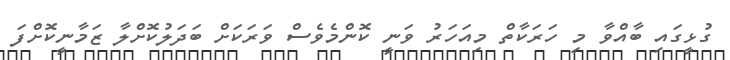
ގުޅީގައި ބާއްވާ މި ހަރަކާތް މިއަހަރު ވަނީ ކޮންމެވެސް ވަރަކަށް ބަދަލުކޮށްލާ ޒަމާނީކޮށްފަ